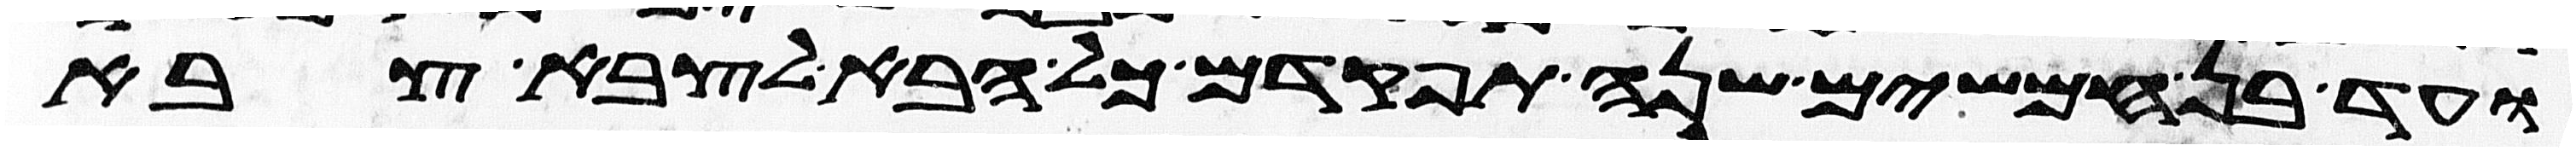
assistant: ועד בן חמשים שנה תפקד אתם כל הבא לצבא צבא